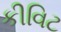
કીવિટ